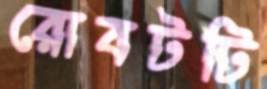
রোবটটি